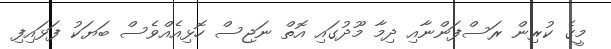
މީގެ ކުރިން ރަސްފަންނާއި ދިމާ މޫދުގައި އޮތް ނަޖިސް ހޮޅިއެއްވެސް ބަޔަކު ފަޅައިފި